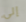
إلى